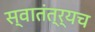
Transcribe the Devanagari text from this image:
स्वातंत्र्यच